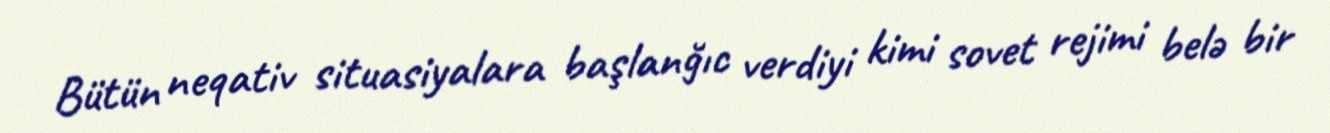
Bütün neqativ situasiyalara başlanğıc verdiyi kimi sovet rejimi belə bir